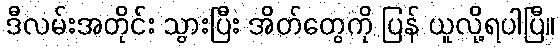
ဒီလမ်းအတိုင်း သွားပြီး အိတ်တွေကို ပြန် ယူလို့ရပါပြီ။